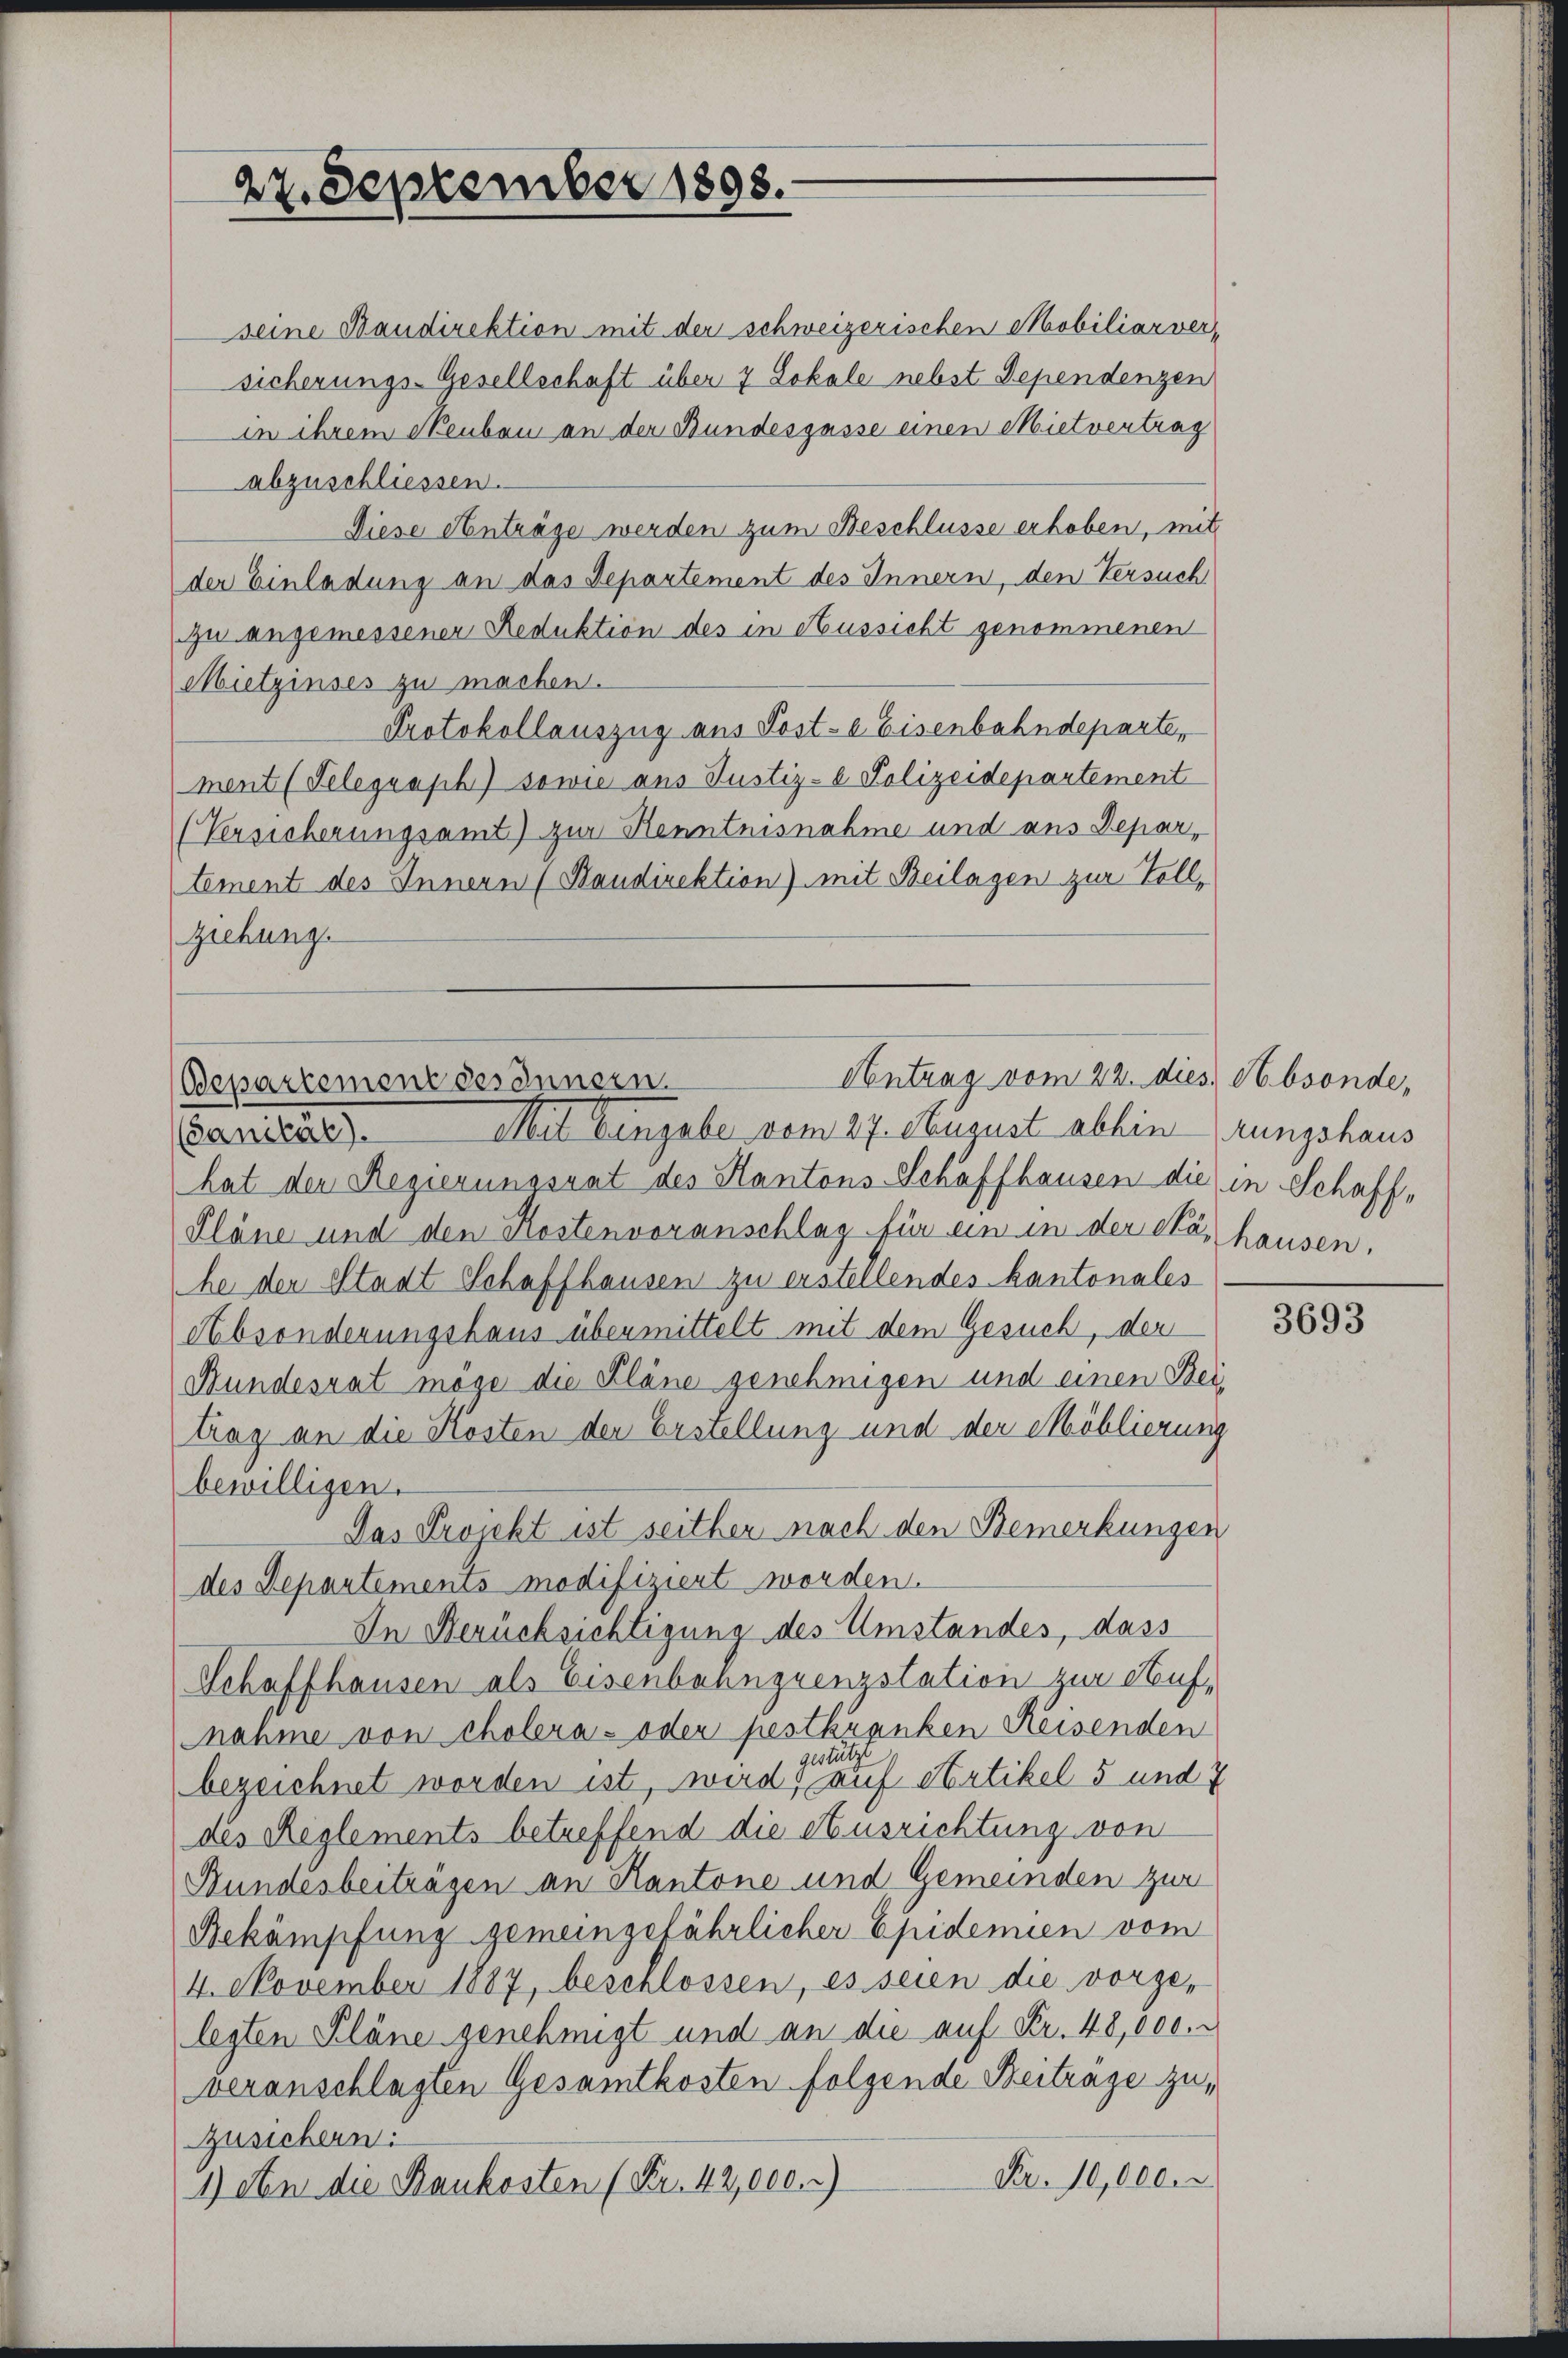
27. September 1898.

seine Baudirektion mit der schweizerischen Mobiliarver-
sicherungs-Gesellschaft über 7 Lokale nebst Dependenzen
in ihrem Neuben an der Bundesgasse einen Mietvertrag
abzuschliessen.
Diese Anträge werden zum Beschlüsse erhoben, mit
der Einladung an das Departement des Innern, den Versuch
Zu angemessener Reduktion des in Aussicht genommenen
Mietzinses zu machen.
Protokollauszug aus Post-a Eisenbahndeparte,
ment (Telegraph) sowie aus Justiz- & Polizeidepartement
(Versicherungsamt) zur Kenntnisnahme und aus Departement des Innern (Baudirektion) mit Beilagen zur Vollziehung.

Mit Eingabe vom 27. August abhin rungshaus
(Ganilal).
hat der Regierungsrat des Kantons-Schaffhausen die in Schaff¬
Pläne und den Kostenvoranschlag für ein in der etc. hausen,
he den Stadt Schaffhausen zu erstellendes kantonales
Absonderungshaus übermittelt mit dem Gesuch, der
Bundesrat möge die Pläne genehmigen und einen Bei
trag an die Kosten der Erstellung und der Möhlierung
bewilligen.
Das Projekt ist seither nach den Bemerkungen
des Departements modifiziert worden.
In Berücksichtigung des Umstandes, dass
Schaffhausen als Eisenbahngrenzstation zur Aufnahme von Cholera - oder pestkranken Reisenden
gestützt
bezeichnet worden ist, wird, auf Artikel 5 und 7
des Reglements betreffend die Ausrichtung von
Bundesbeiträgen an Kantone und Gemeinden zur
Bekämpfung gemeingefährlicher Epidemien vom
4. November 1887, beschlossen, es seien die vorge-
legten Pläne genehmigt und an die auf Fr. 48,000.
veranschlagten Gesamtkosten folgende Beitrage zu¬
Zusichern:
Nr. 10,000.
1) An die Baukosten (Fr. 42,000

Antrag vom 22. dies Absonde,
Bepartement des Innern.

3693